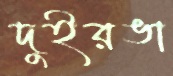
দুইরঙা